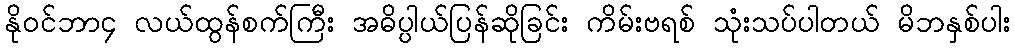
နိုဝင်ဘာ၄ လယ်ထွန်စက်ကြီး အဓိပ္ပါယ်ပြန်ဆိုခြင်း ကိမ်းဗရစ် သုံးသပ်ပါတယ် မိဘနှစ်ပါး